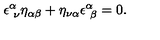
\epsilon _ { \ \nu } ^ { \alpha } \eta _ { \alpha \beta } + \eta _ { \nu \alpha } \epsilon _ { \ \beta } ^ { \alpha } = 0 .